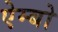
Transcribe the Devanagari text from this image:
ऐम्बो